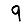
Digit: 9